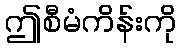
ဤစီမံကိန်းကို